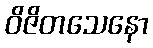
ဝိဇိတသေနော